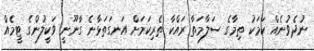
ނުދެވުނެއް ކަމަކު ތިމާގެ ސަލާމަތާ ރައްކާ ތެރިކަމަށް އަނގަތަޅާނެ ގާނޫނީ ވަކީލުންގެ ޓީމެއް